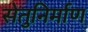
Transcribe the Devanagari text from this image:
सेतुनिर्माण